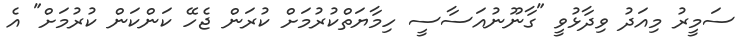
ސަމީރު މިއަދު ވިދާޅުވީ "ގާނޫނުއަސާސީ ހިމާޔަތްކުރުމަށް ކުރަން ޖެހޭ ކަންކަން ކުރުމަށް" އެ